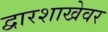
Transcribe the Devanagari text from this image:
द्वारशाखेवर